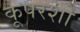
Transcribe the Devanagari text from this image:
कूपरशो